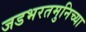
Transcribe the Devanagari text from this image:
जडभरतमुनिच्या